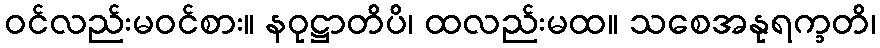
ဝင်လည်းမဝင်စား။ နဝုဋ္ဌာတိပိ၊ ထလည်းမထ။ သစေအနုရက္ခတိ၊